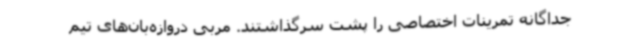
جداگانه تمرینات اختصاصی را پشت سرگذاشتند. مربی دروازه‌بان‌های تیم